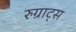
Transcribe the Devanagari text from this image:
रुग्राट्स